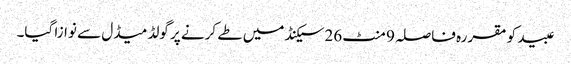
عبید کو مقررہ فاصلہ 9 منٹ 26سیکنڈ میں طے کرنے پر گولڈ میڈل سے نوازا گیا۔